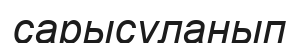
сарысуланып